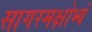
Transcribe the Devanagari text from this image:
सागरमक्षोभ्यं